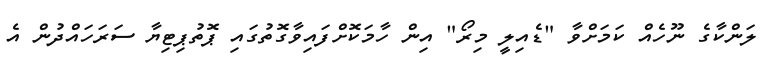
ލަންކާގެ ނޫހެއް ކަމަށްވާ "ޑެއިލީ މިރޯ" އިން ހާމަކޮށްފައިވާގޮތުގައި ޕޮތުޕިޓިޔާ ސަރަހައްދުން އެ